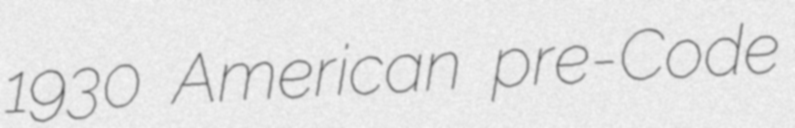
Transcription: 1930 American pre-Code